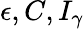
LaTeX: \epsilon,C,I_{\gamma}